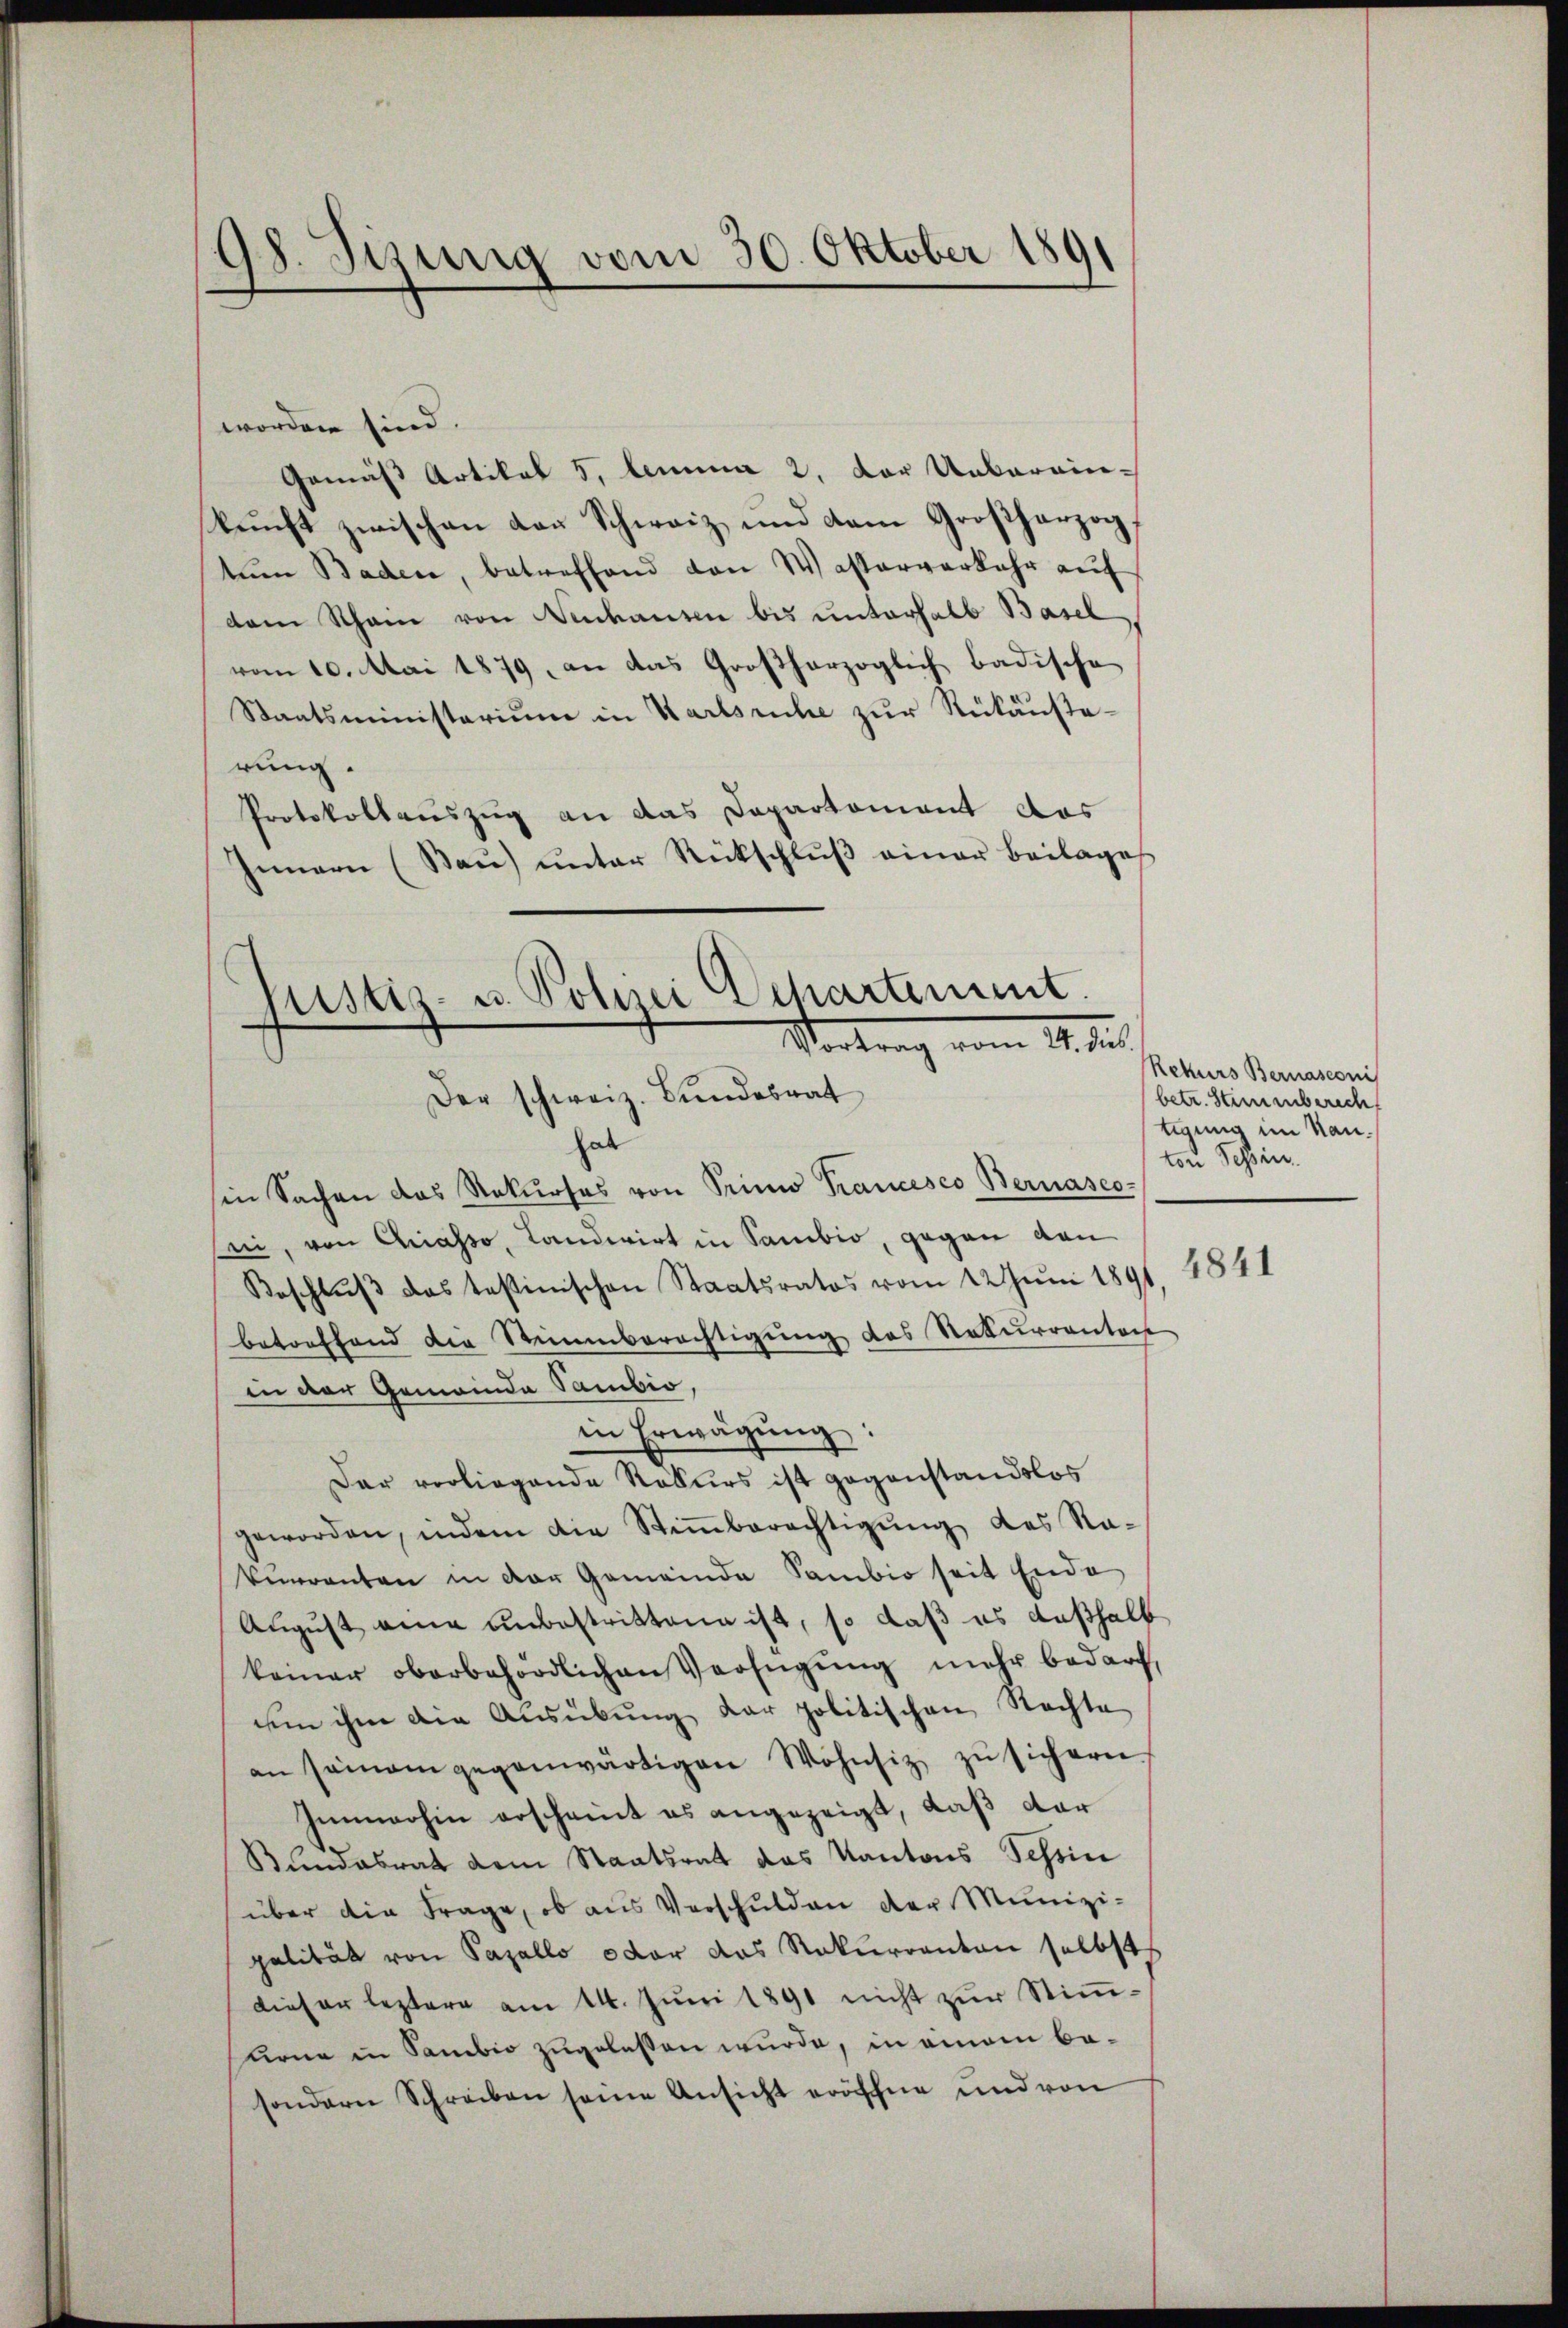
18. Jung vom 30. Oktober 1891

worden sind.
Gemäß Artikel 5. lemma 2. Der Ueberein-
kunft zwischen der Schweiz und dam Großherzog,
tŭm Baden, betreffend von Wasserverkehr auf
dem Rhein von Neuhausen bis unterhalb Basel
vom 10. Mai 1879, an das Großherzoglich badische
Staatsministerium in Karlsruhe zur Rükanstarung.
Protokollauszug an das Departament des
Innern (Saŭ) unter Rückschlŭβ einer Beilage

Justiz- u. Polizei Departement
Vortrag vom 14. der
Der schweiz. Bundesrat

hab
sin Sachen das Rekŭrses von Trini Prancesco Bernasco-
sei, von Chiasso, Landwirt in Sambio, gegen den
Beschlŭβ das testinischen Staatsratos vom 22 Juni 1891
betreffend die Stimmberechtigung des Rekurrenten
in der Gemeinde Sambio,
in Erwägŭng:
Dar vorliegende Rekurs ist gegenstandslos
geworden, indem die Stiṁberechtigŭng des Ra-
kŭrrenten in der Gemeinde Sambio seit Ende
August eine unbestrittene ist, so daß es deßhalb
keiner oberbehördlichen Verfügung mehr bedarf,
um ihm die Ausübung der politischen Rechte
an seinem gegenwärtigen Wohnsiz zŭ sichern.
Immerhin erscheint es angezeigt, daß dar
Bundesrat dem Staatsrat das Kantons Tessin
über die Frage, ob aus Verschulden der Munizi-
palität von Parallo oder das Rekurranton selbst
dieser leztere am 14. Juni 1891 nicht zur Stimmurne in Sambio zugelassen wurde, in einem be-
sondern Schreiben seine Ansicht eröffne und von

Rekurs Bernasconi
betr. Steinenberecht
tigung im Kanton Sehen.
4841